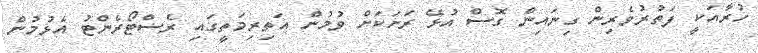
ހުރާއަކީ ފަތުރުވެރިން ގިނައިން ގޮސް އުޅޭ ރަށަކަށް ވުމުން އަތިރިމަތީގައި ރެސްޓޯރެންޓު އެޅުމުން